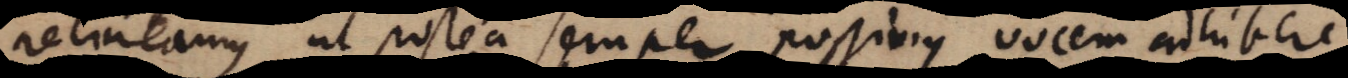
retineamus, ut postea semper possimus vocem adhibere